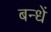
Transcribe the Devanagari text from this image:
बन्धें